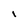
Character: I